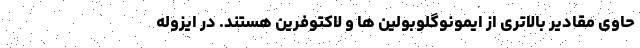
حاوی مقادیر بالاتری از ایمونوگلوبولین ها و لاکتوفرین هستند. در ایزوله